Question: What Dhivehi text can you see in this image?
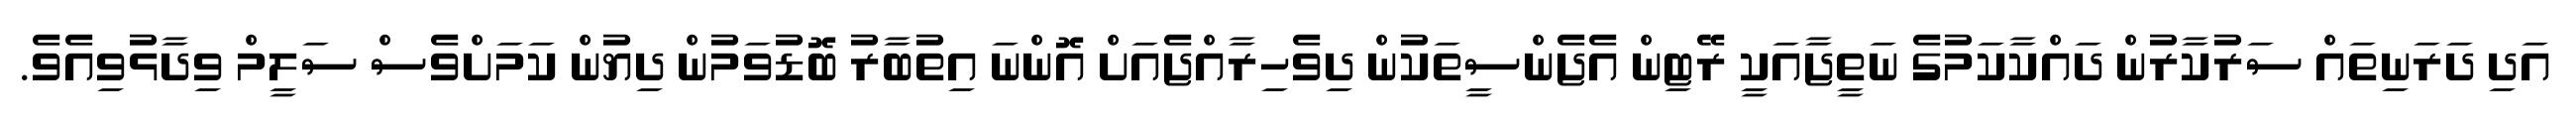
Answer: އަދި ދަރަނިތައް ސަރުކާރުން ދައްކާކަމުގެ ނަތީޖާއަކީ ރޭޓިން އެޖެންސީތަކުން ދިވެހިރާއްޖެއަށް އޮންނަ އިތުބާރު ބޮޑުވަމުން ދިޔުން ކަމަށްވެސް ސަލީމް ވިދާޅުވިއެވެ.